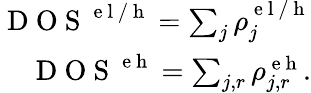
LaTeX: \begin{array}{r}{\mathrm{~D~O~S~}^{\mathrm{~e~l~/~h~}}=\sum_{j}\rho_{j}^{\mathrm{~e~l~/~h~}}}\\ {\mathrm{~D~O~S~}^{\mathrm{~e~h~}}=\sum_{j,r}\rho_{j,r}^{\mathrm{~e~h~}}.}\end{array}